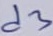
Text: d3